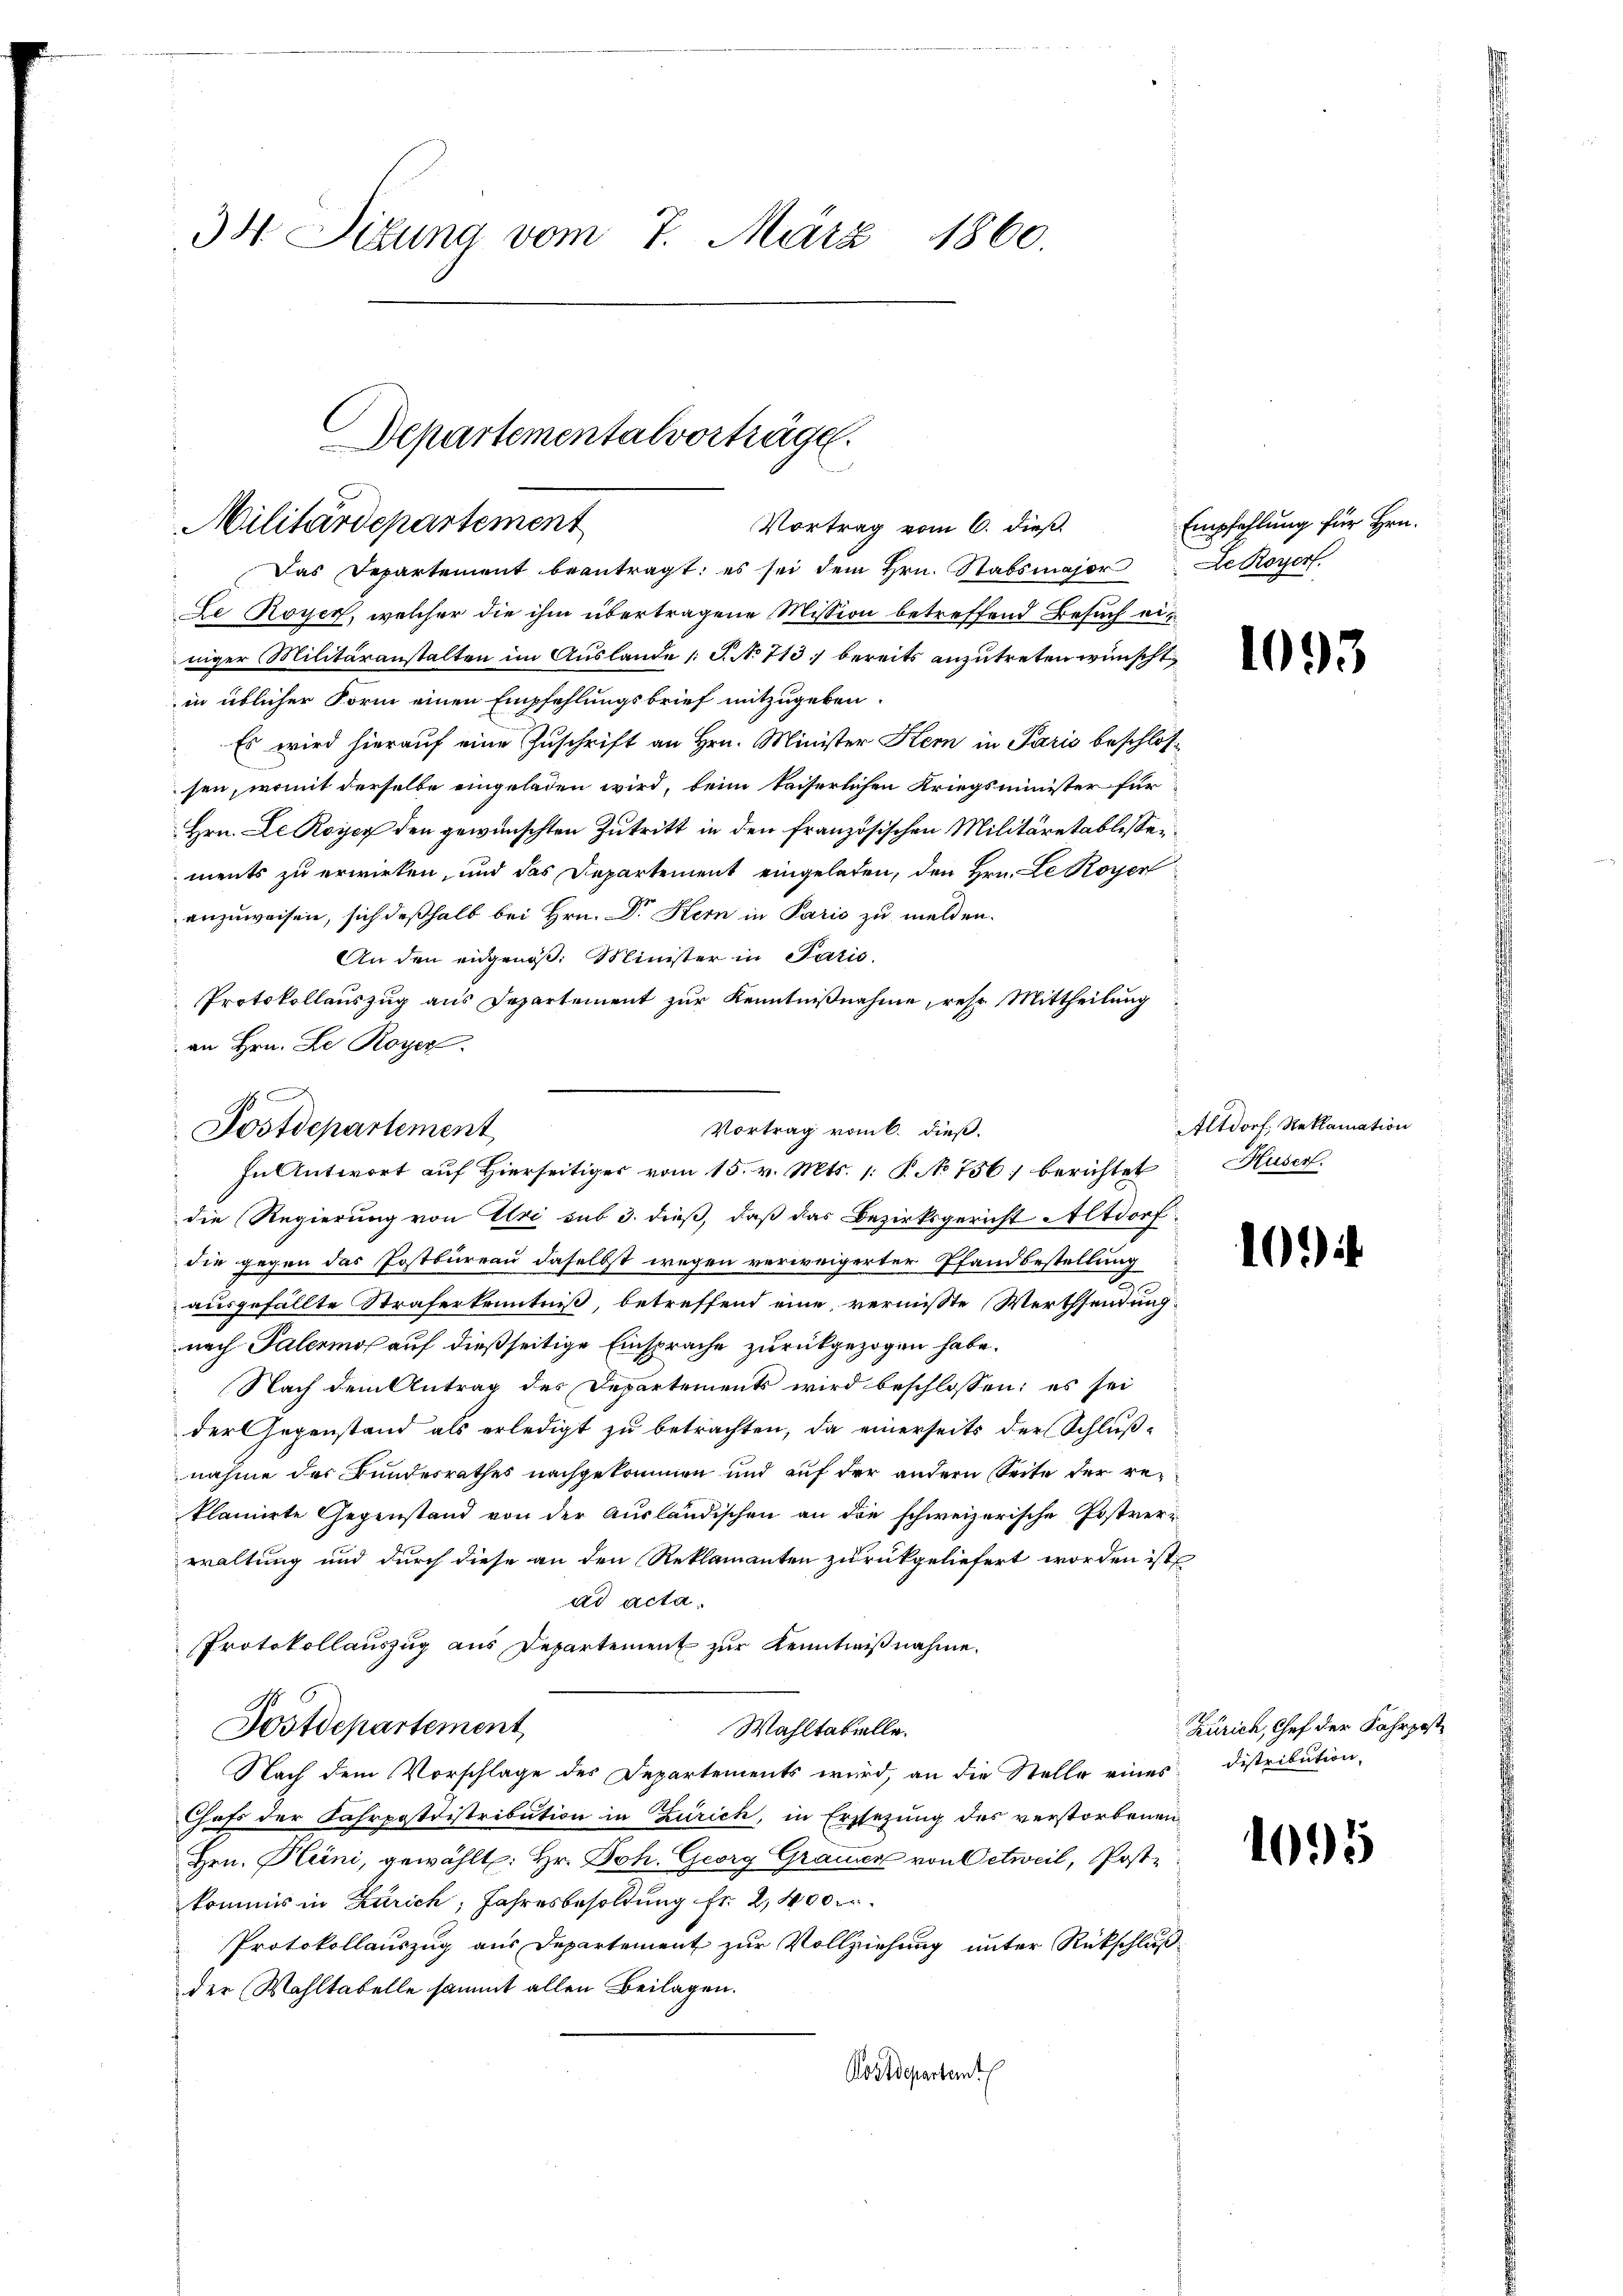
34 Sizung vom 7. März 1860.

Departementalvorträge.
Militärdepartement
Vortrag vom 6. dieß.

Vortrag vom 6. dieß.
Dostdepartement
 In Antwort auf Hierseitiges vom 15. v. Mts. 1. P. No 756) berichtet

Das Departement beantragt: es sei dem Hrn. Stabsmajor Lekower
Le Royer, welcher die ihm übertragene Mission betreffend Besuch einiger Militäranstalten im Auslande (T. No 713) bereits anzutreten wünscht
in üblicher Form einen Empfehlungsbrief mitzugeben.
Es wird hierauf eine Zuschrift an Hrn. Minister Kern in Paris beschlossen, womit derselbe eingeladen wird, beim kaiserlichen Kriegsminister für
Hrn. Le Royer den gewünschten Zutritt in den französischen Militäretablissements zu erwirken, und das Departement eingeladen, den Hrn. Le Royer
anzuweisen, sich deßhalb bei Hrn. Dr. Kern in Paris zu melden.
An den eidgenöß. Minister in Paris.
Protokollauszug aus Departement zur Kenntnißnahme, resp. Mittheilung
an Hrn. Le Royer.
die Regierung von Uri sub 3. dieß, daß das Bezirksgericht Altdorf
die gegen das Postbureau daselbst wegen verweigerter Pfandbestellung
ausgefällte Straferkenntniß, betreffend eine vermisste Werthsendung:
nach Palermos auf dießseitige Einsprache zurückgezogen habe.
Nach dem Antrag des Departements wird beschlossen; es sei
der Gegenstand als erledigt zu betrachten, da einerseits der Schluß-
nahme des Bundesrathes nachgekommen und auf der andern Seite der reklamirte Gegenstand von der Ausländischen an die schweizerische Postverwaltung und durch diese an den Reklamanten zurückgeliefert worden ist
ad acta.
Protokollauszug aus Departement zur Kenntnißnahme.
Postdepartement
Wahltatielle.
Nach dem Vorschlage des Departements wird, an die Stelle eines Distribution,
Chefs der Fahrpostdistribution in Zürich, in Ersezung des verstorbenen
Hrn. Kleini, gewählt: Hr. Joh. Georg Grammer von Oetweil, Post-
kommis in Zürich, Jahresbesoldung fr. 2,400 Fr.
Protokollauszug aus Departement zur Vollziehung unter Rückschluß
der Wahltabelle sammt allen Beilagen.
Postdepartamt

Empfehlung für Hrn.

1093

Altdorf, Reklamation
Huser.

109

Zürich, Chef der Fahrpost

105